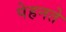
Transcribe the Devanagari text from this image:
पेहनते